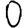
Digit: 0